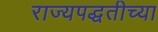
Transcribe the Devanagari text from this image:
राज्यपद्धतीच्या